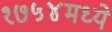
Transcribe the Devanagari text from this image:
१७५४मध्ये